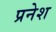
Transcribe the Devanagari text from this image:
प्रनेश